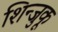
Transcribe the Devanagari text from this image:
शिन्जुकू